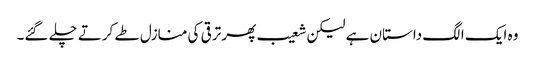
وہ ایک الگ داستان ہے لیکن شعیب پھر ترقی کی منازل طے کرتے چلے گئے۔